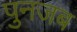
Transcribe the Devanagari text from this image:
पुनजब